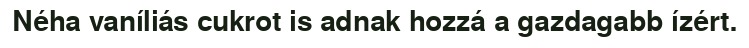
Néha vaníliás cukrot is adnak hozzá a gazdagabb ízért.